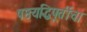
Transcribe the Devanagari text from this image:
षष्ठयद्धिपूर्तीचा